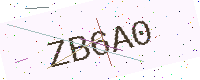
Text: ZB6A0